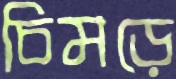
চিমড়ে